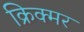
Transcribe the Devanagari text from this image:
क्रिक्मर